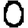
Digit: 0